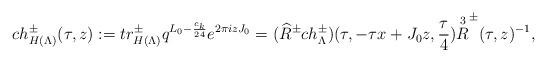
LaTeX: \begin{align*}ch^{\pm}_{H(\Lambda)}(\tau, z):=tr^{\pm}_{H(\Lambda)} q^{L_0-\frac{c_k}{24}} e^{2\pi izJ_0}= (\widehat{R}^{\pm} ch^{\pm}_{\Lambda})(\tau,-\tau x+J_0z,\frac{\tau}{4})\overset{3}{R}^{\pm}(\tau,z)^{-1},\end{align*}